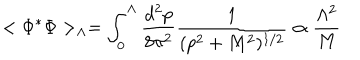
LaTeX: < \Phi ^ { * } \Phi > _ { \Lambda } = \int _ { 0 } ^ { \Lambda } { \frac { d ^ { 2 } p } { 8 \pi ^ { 2 } } } { \frac { 1 } { ( p ^ { 2 } + M ^ { 2 } ) ^ { 1 / 2 } } } \propto { \frac { \Lambda ^ { 2 } } { M } }